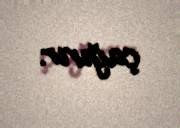
çağırır.